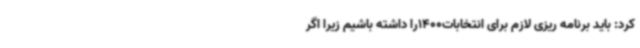
کرد: باید برنامه ریزی لازم برای انتخابات1400را داشته باشیم زیرا اگر